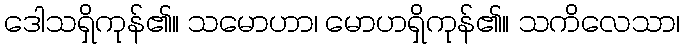
ဒေါသရှိကုန်၏။ သမောဟာ၊ မောဟရှိကုန်၏။ သကိလေသာ၊